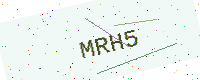
Text: MRH5